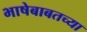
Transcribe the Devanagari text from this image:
भाषेबाबतच्या